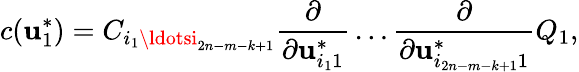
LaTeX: c(\mathbf{u}_{1}^{*})=C_{i_{1}\ldotsi_{2n-m-k+1}}{\frac{{\partial}}{{\partial\mathbf{u}_{i_{1}1}^{*}}}}\ldots{\frac{{\partial}}{{\partial\mathbf{u}_{i_{2n-m-k+1}1}^{*}}}}Q_{1},